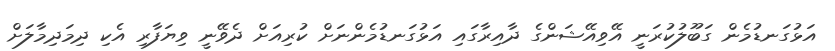
އަޅުގަނޑުމެން ގަބޫލުކުރަނީ އޭވިއޭޝަންގެ ދާއިރާގައި އަޅުގަނޑުމެންނަށް ކުރިއަށް ދެވޭނީ ވިޔަފާރި އެކި ދިމަދިމާލަށް